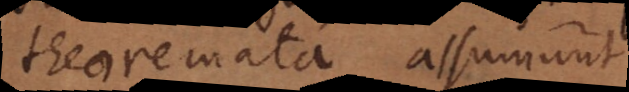
theoremata assumunt.